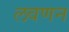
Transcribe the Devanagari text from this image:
लवणन